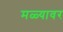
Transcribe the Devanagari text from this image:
मळ्यावर